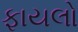
ફાયલો